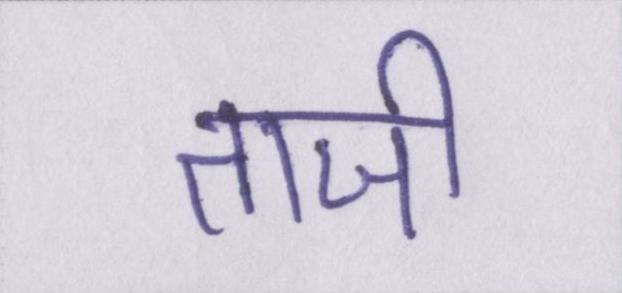
ताजी